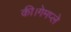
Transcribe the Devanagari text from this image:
की।गेमप्ले